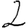
Digit: 2